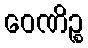
ဝေဏိဉ္စ